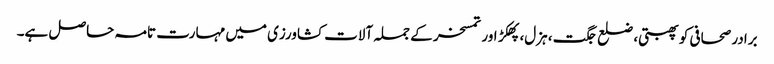
برادر صحافی کو پھبتی، ضلع جگت، ہزل، پھکڑ اور تمسخر کے جملہ آلات کشاورزی میں مہارت تامہ حاصل ہے۔